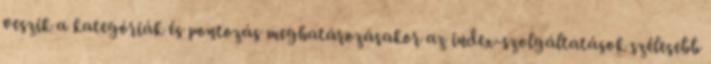
veszik a kategóriák és pontozás meghatározásakor az index-szolgáltatások szélesebb